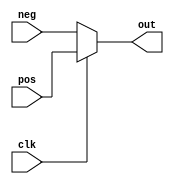
module mux_clk_edge_out #(
    parameter	WIDTH = 1
) (
    input				clk,
    input	[WIDTH-1:0]		neg,
    input	[WIDTH-1:0]		pos,
    output reg 	[WIDTH-1:0]		out
);

`ifdef FOO

  always@(posedge clk) 
    out <= pos;

  always@(negedge clk) 
    out <= neg;

`else

//  reg [WIDTH-1:0] foo;
//  reg [WIDTH-1:0] foop;
//  always @(posedge clk)
//    foop <= pos;
//
//  always @(negedge clk)
//    foo <= neg;

//  always_comb begin
//     out = clk ? 7'b1010101 : 7'b0101010;
//  end

  assign out = clk ? pos : neg;

//  assign out = clk ? 7'b1110001 : 7'b0001110;

`endif

endmodule